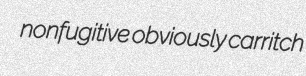
nonfugitive obviously carritch